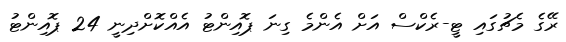
ރޭގެ މެޗުގައި ޓީ-ރެކްސް އަށް އެންމެ ގިނަ ޕޮއިންޓު އެއްކޮށްދިނީ 24 ޕޮއިންޓު